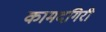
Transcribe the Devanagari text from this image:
कामदगिरी